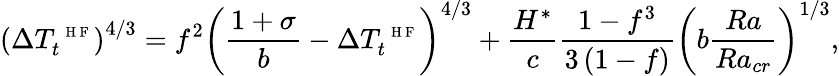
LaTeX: \left(\Delta T_{t}^{\mathrm{~\scriptsize~H~F~}}\right)^{4/3}=f^{2}\left(\frac{1+\sigma}{b}-\Delta T_{t}^{\mathrm{~\scriptsize~H~F~}}\right)^{4/3}+\frac{H^{*}}{c}\frac{1-f^{3}}{3\left(1-f\right)}\left(b\frac{Ra}{Ra_{cr}}\right)^{1/3},